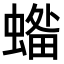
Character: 𧏓